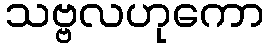
သဗ္ဗလဟုကော